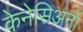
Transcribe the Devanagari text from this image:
केनेसिअनों